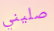
صليني